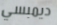
ديمبسي